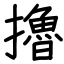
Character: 擼